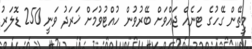
މީތޭން ގޭހުގެ ޓަނެއް ޖައްވަށް ބޭރުވުން ހުއްޓުވުމަށް ޚަރަދު ވަނީ 250 ޑޮލަރު